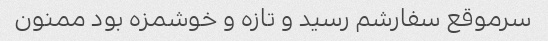
سرموقع سفارشم رسید و تازه و خوشمزه بود ممنون